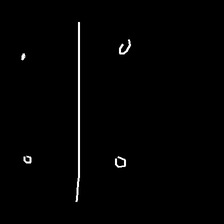
Glyph: cool